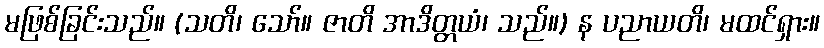
မဖြစ်ခြင်းသည်။ (သတိ၊ သော်။ ဇာတိ အာဒိတ္တယံ၊ သည်။) န ပညာယတိ၊ မထင်ရှား။